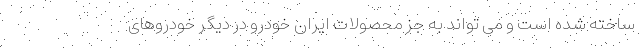
ساخته شده است و می تواند به جز محصولات ایران خودرو در دیگر خودروهای